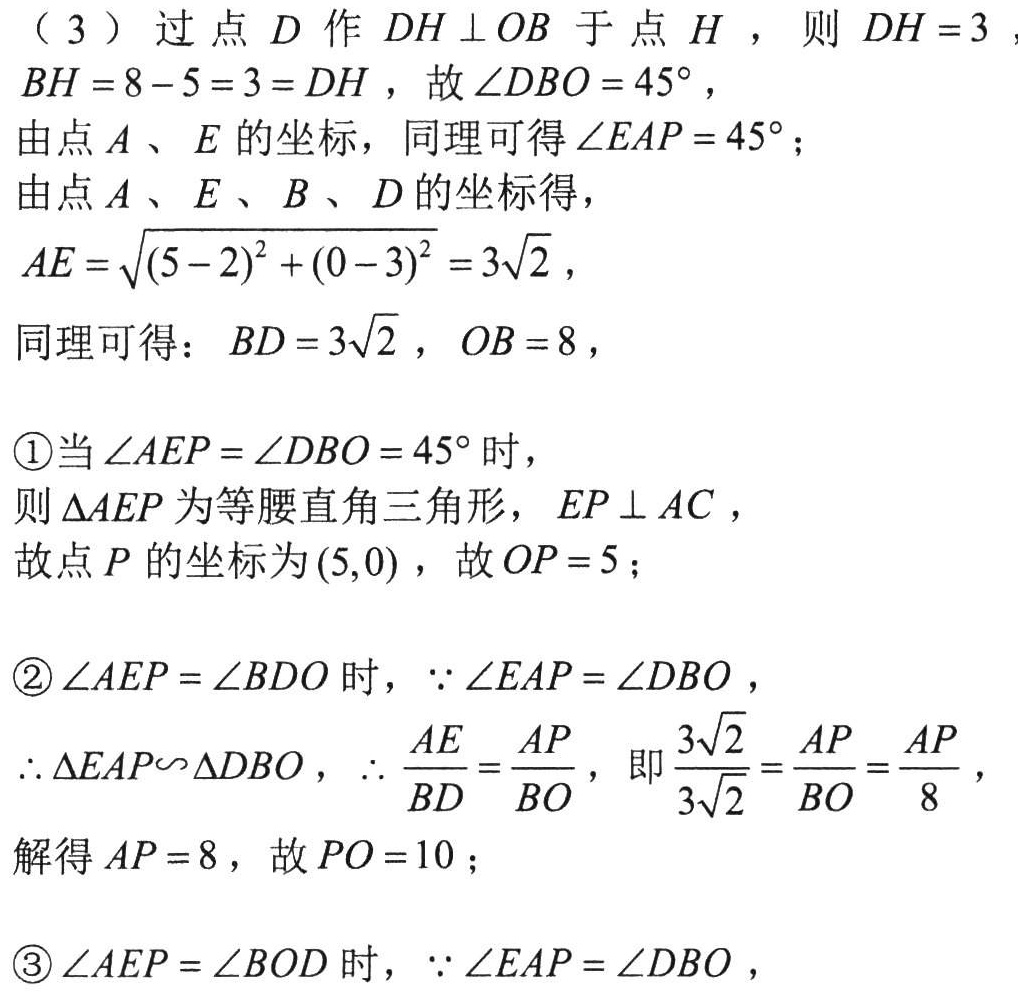
（3）过点 \(D\) 作 \(DH\perp OB\) 于点 \(H\)，则 \(DH = 3\)，
\(BH=8 - 5 = 3=DH\)，故 \(\angle DBO = 45^{\circ}\)，
由点 \(A\)、\(E\) 的坐标，同理可得 \(\angle EAP = 45^{\circ}\)；
由点 \(A\)、\(E\)、\(B\)、\(D\) 的坐标得，
\(AE=\sqrt{(5 - 2)^{2}+(0 - 3)^{2}} = 3\sqrt{2}\)，
同理可得：\(BD = 3\sqrt{2}\)，\(OB = 8\)，

\textcircled{1}当 \(\angle AEP=\angle DBO = 45^{\circ}\) 时，
则 \(\triangle AEP\) 为等腰直角三角形，\(EP\perp AC\)，
故点 \(P\) 的坐标为 \((5,0)\)，故 \(OP = 5\)；

\textcircled{2}\(\angle AEP=\angle BDO\) 时，\(\because\angle EAP=\angle DBO\)，
\(\therefore\triangle EAP\sim\triangle DBO\)，\(\therefore\frac{AE}{BD}=\frac{AP}{BO}\)，即 \(\frac{3\sqrt{2}}{3\sqrt{2}}=\frac{AP}{BO}=\frac{AP}{8}\)，
解得 \(AP = 8\)，故 \(PO = 10\)；

\textcircled{3}\(\angle AEP=\angle BOD\) 时，\(\because\angle EAP=\angle DBO\)，